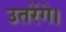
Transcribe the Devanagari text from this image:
उतरेंगे।